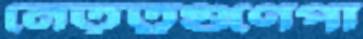
নেতৃত্বগুণেপা